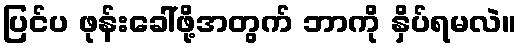
ပြင်ပ ဖုန်းခေါ်ဖို့အတွက် ဘာကို နှိပ်ရမလဲ။